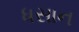
ધસાન